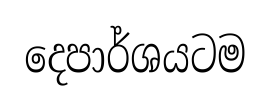
දෙපාර්ශයටම